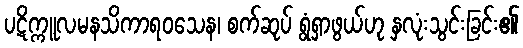
ပဋိက္ကူလမနသိကာရဝသေန၊ စက်ဆုပ် ရွံရှာဖွယ်ဟု နှလုံးသွင်းခြင်း၏